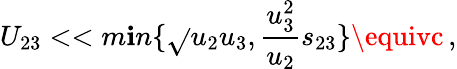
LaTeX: U_{23}<<m\mathbf{i}n\{ \sqrt{}{{u_{2}u_{3}}},{\frac{{u_{3}^{2}}}{{u_{2}}}}s_{23}\} \equivc\, ,